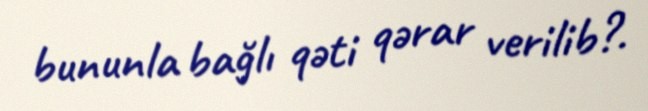
bununla bağlı qəti qərar verilib?.